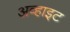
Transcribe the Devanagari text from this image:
अव्हाइट